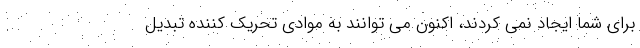
برای شما ایجاد نمی کردند، اکنون می توانند به موادی تحریک کننده تبدیل